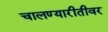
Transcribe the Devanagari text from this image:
चालण्यारीतीवर